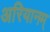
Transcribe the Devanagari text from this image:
अरियानम्